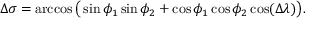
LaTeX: \Delta \sigma = \operatorname { a r c c o s } { \bigl ( } \sin \phi _ { 1 } \sin \phi _ { 2 } + \cos \phi _ { 1 } \cos \phi _ { 2 } \cos ( \Delta \lambda ) { \bigr ) } .